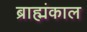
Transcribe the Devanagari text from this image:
ब्राह्मंकाल